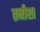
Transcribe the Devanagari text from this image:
तनीशा